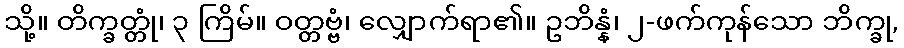
သို့။ တိက္ခတ္တုံ၊ ၃ ကြိမ်။ ဝတ္တဗ္ဗံ၊ လျှောက်ရာ၏။ ဥဘိန္နံ၊ ၂-ဖက်ကုန်သော ဘိက္ခု,